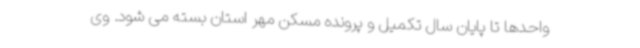
واحدها تا پایان سال تکمیل و پرونده مسکن مهر استان بسته می شود. وی